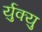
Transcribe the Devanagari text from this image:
र्युक्यु